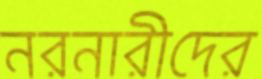
নরনারীদের